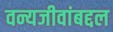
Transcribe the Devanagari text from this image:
वन्यजीवांबद्दल